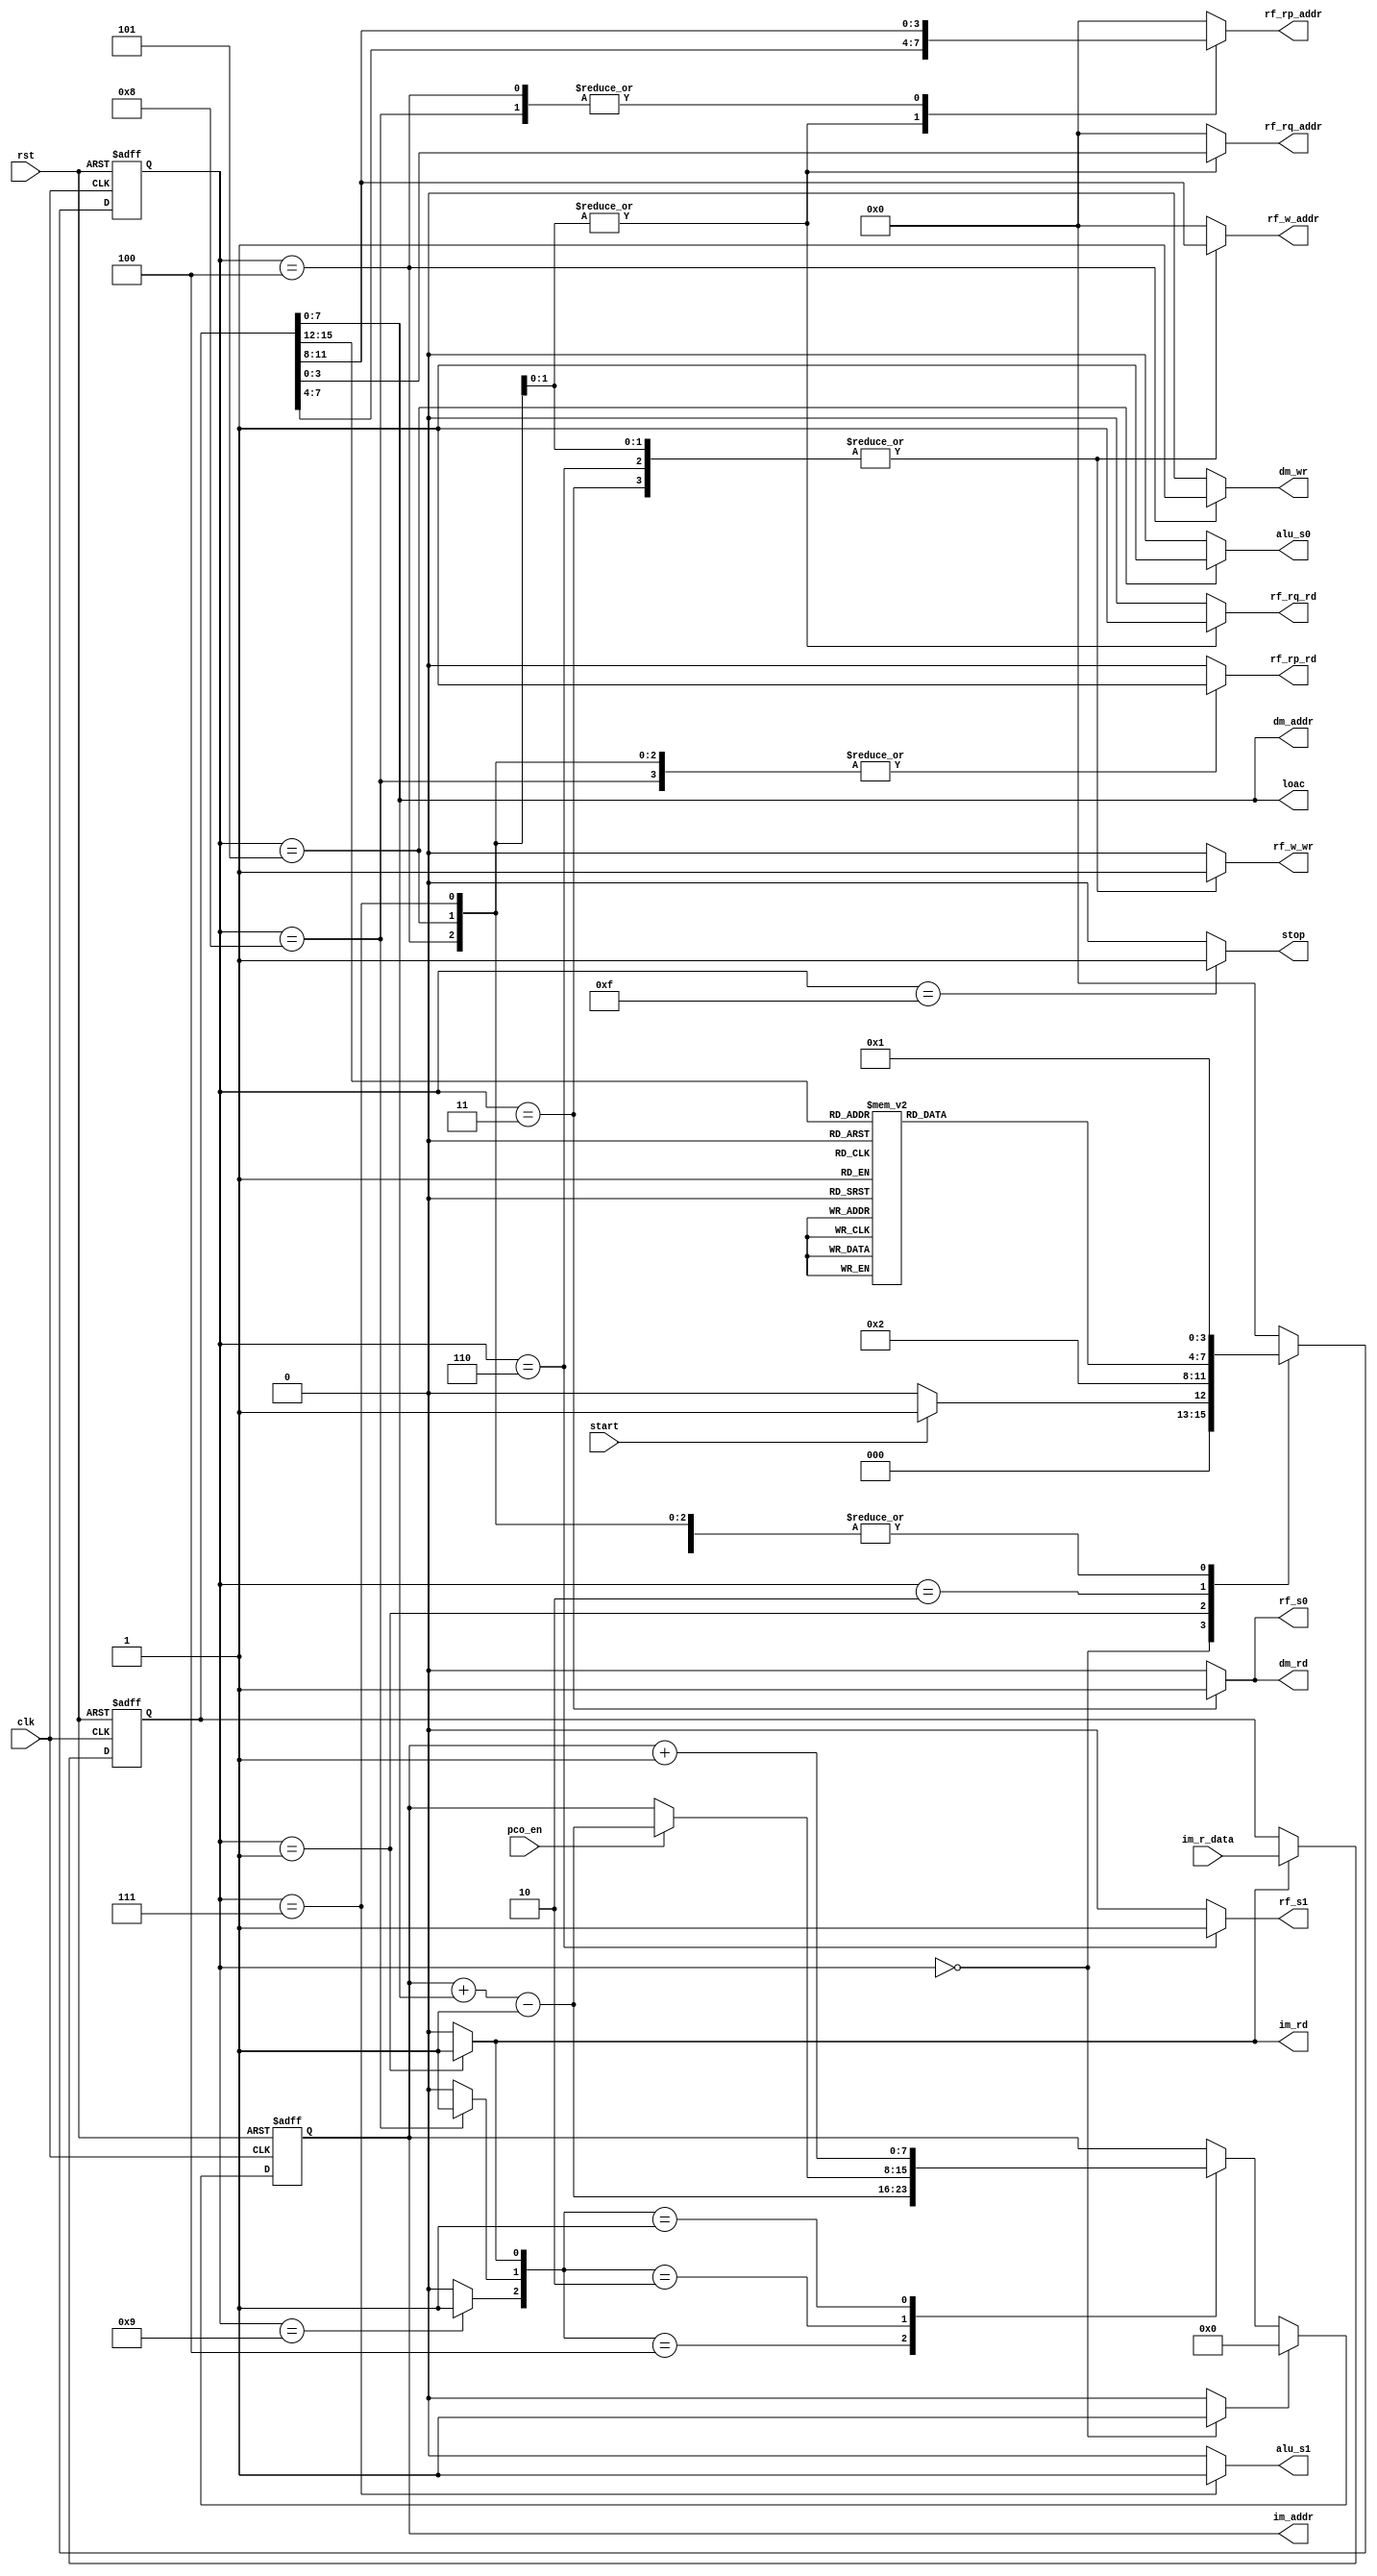
`timescale 1ns/10ps

module spu_ctrl(

input   clk,
input   rst,

input   start,                 // to start the processor
output  reg stop,              // to show that the processor is stopped

//control signal for rf[a] equals to 0
input	  pco_en,		

//control signals for instruction memory (im)
input   [15:0] im_r_data,      // 16-bit read data of im
output  [7:0]  im_addr,        // 8-bit data address of im
output  reg im_rd,             // read enable of im

//control signals for data memory (dm)
output  [7:0] dm_addr,         // 8-bit data address of dm
output  reg dm_rd,             // read enable of dm
output  reg dm_wr,             // write enable of dm

//control signal for mux
output  reg rf_s1,
output  reg rf_s0,

//control signals for register file (rf)
output  reg [3:0] rf_w_addr,   // 4-bit write address 
output  reg rf_w_wr,           // write enable
 
output  reg [3:0] rf_rp_addr,  // 4-bit p-port read address 
output  reg rf_rp_rd,          // p-port read enable

output  reg [3:0] rf_rq_addr,  // 4-bit q-port read address 
output  reg rf_rq_rd,          // q-port read enable

//control signal for ALU
output  reg alu_s1,
output  reg	alu_s0,

//control signal for constant number is assigned
output  [7:0] loac
);

parameter [3:0]  INIT   = 4'd0, 
                 FETCH  = 4'd1,
					  DECODE = 4'd2,
					  LOAD   = 4'd3,
					  STORE  = 4'd4,
                 ADD    = 4'd5,
					  LOAC	= 4'd6,
					  SUB		= 4'd7,
					  JMPZ	= 4'd8,
					  JUMP	= 4'd9,
                 STOP   = 4'd15;

parameter [3:0]  OP_LOAD   = 4'd0,
					  OP_STORE  = 4'd1,
                 OP_ADD    = 4'd2,
					  OP_LOAC	= 4'd3,
					  OP_SUB		= 4'd4,
					  OP_JMPZ	= 4'd5,
					  OP_JUMP	= 4'd6,
	              OP_STOP  	= 4'd15;				  
					  
reg [7:0] pc;    // 8-bit program counter
reg pc_inc;
reg pc_clr;
reg pc_jmpz;
reg pc_jump;

reg [15:0] ir;    // 16-bit instruction register
reg ir_ld;

reg [3:0] cs, ns;  // current state and next state

wire [3:0] ra, rb, rc;  // address for rf

wire [3:0] op;          // op code

wire [7:0] pco;	// offset value for pc

assign im_addr = pc;

assign op = ir[15:12];

assign ra = ir[11:8];
assign rb = ir[7:4];
assign rc = ir[3:0];

assign dm_addr = ir[7:0];
assign loac = ir[7:0];
assign pco = ir[7:0];

// program counter
always@(posedge clk or posedge rst)
begin
	 if(rst)
		 pc <= #1 8'd0;
	 else if(pc_clr)
		 pc <= #1 8'd0;
	 else
		 case({pc_jump,pc_jmpz,pc_inc})
			3'b100:pc <= #1 (pc + pco - 1'b1);
			3'b010:pc <= #1 (pco_en? (pc + pco - 1'b1) : (pc));
			3'b001:pc <= #1 (pc + 8'd1);
			default:pc <= #1 pc;
		 endcase
//  if(rst)
//     pc <= #1 8'd0;
//  else if(pc_clr)
//     pc <= #1 8'd0;
//  else if(pc_jump)
//	  pc <= #1 pc + pco - 1'b1;
//  else if(pc_jmpz)
//	  pc <= #1 pco_en? (pc + pco - 1'b1) : (pc);
//  else if(pc_inc)
//     pc <= #1 (pc + 8'd1);
end

// ir
always@(posedge clk or posedge rst)
begin
  if(rst)
     ir <= #1 16'd0;
  else if(ir_ld)
     ir <= #1 im_r_data;
end

// current state register
always@(posedge clk or posedge rst)
begin
  if(rst)
     cs <= #1 INIT;
  else 
     cs <= #1 ns;
end

// next state combinational logic
always@(*)
begin
  case(cs)
  INIT:    if(start)
              ns = FETCH;
			  else
			     ns = INIT;
  
  FETCH:   ns = DECODE;
  
  DECODE:  case(op)
           OP_LOAD:  ns = LOAD;
			  OP_STORE: ns = STORE;
			  OP_ADD:   ns = ADD;
			  OP_LOAC:	ns	= LOAC;
			  OP_SUB:	ns = SUB;
			  OP_JMPZ:	ns	= JMPZ;
			  OP_JUMP:  ns = JUMP;
			  OP_STOP:  ns = STOP; 
           default:  ns = INIT;
			  endcase
			 
  LOAD:    ns = FETCH;
  
  STORE:   ns = FETCH;
  
  ADD:     ns = FETCH;
  
  LOAC:	  ns = FETCH;
  
  SUB:	  ns = FETCH;
  
  JMPZ:    ns = FETCH;
  
  JUMP:	  ns = FETCH;
  
  STOP:    ns = INIT;
  
  default: ns = INIT;
  endcase
end
  

// controller output combinational logic
always@(*)
begin
  im_rd = 1'b0;
  
  pc_clr = 1'b0;
  pc_inc = 1'b0;
  pc_jmpz = 1'b0;
  pc_jump = 1'b0;
  
  ir_ld = 1'b0;  
  
  dm_rd = 1'b0;
  dm_wr = 1'b0;
  
  rf_s1 = 1'b0;
  rf_s0 = 1'b0;
  
  rf_w_addr  = 4'd0;
  rf_w_wr = 1'b0;
  
  rf_rp_addr = 4'd0;
  rf_rp_rd = 1'b0;  
  
  rf_rq_addr = 4'd0;
  rf_rq_rd = 1'b0;  
  
  alu_s1 = 1'b0;
  alu_s0 = 1'b0;
  
  stop = 1'b0; 

  case(cs)
  INIT:    begin
             pc_clr = 1'b1;  
           end
  
  FETCH:   begin
             im_rd  = 1'b1;
				 ir_ld  = 1'b1;
			    pc_inc = 1'b1;  
           end
 
  LOAD:    begin
             dm_rd = 1'b1;
			    rf_s0 = 1'b1; 
			    rf_w_addr = ra;
			    rf_w_wr = 1'b1;			  
           end
  
  STORE:   begin
             dm_wr = 1'b1; 
			    rf_rp_addr = ra;
			    rf_rp_rd = 1'b1;			  
           end
  
  ADD:     begin           
			    rf_rp_addr = rb;
			    rf_rp_rd = 1'b1;

			    rf_rq_addr = rc;
			    rf_rq_rd = 1'b1;

			    rf_w_addr = ra;
			    rf_w_wr = 1'b1;	
	        
	          alu_s0 = 1'b1;		  
           end
			  
  LOAC:	  begin
				 rf_s1 = 1'b1;
				 rf_w_addr = ra;
				 rf_w_wr = 1'b1;
			  end
  
  SUB:	  begin
				 rf_rp_addr = rb;
			    rf_rp_rd = 1'b1;

			    rf_rq_addr = rc;
			    rf_rq_rd = 1'b1;

			    rf_w_addr = ra;
			    rf_w_wr = 1'b1;	
	        
	          alu_s1 = 1'b1;
			  end
  
  JMPZ:    begin
				 rf_rp_addr = ra;
				 rf_rp_rd = 1'b1;
				 pc_jmpz = 1'b1;
			  end
			  
  JUMP:	  begin
				 pc_jump = 1'b1;
			  end
  
  STOP:    begin
             stop = 1'b1;  
           end
			  
  default: begin
             im_rd = 1'b0;
  
             pc_clr = 1'b0;
             pc_inc = 1'b0;
				 pc_jmpz = 1'b0;
				 pc_jump = 1'b0;
				 
             ir_ld = 1'b0;  
  
             dm_rd = 1'b0;
             dm_wr = 1'b0;
				 
				 rf_s1 = 1'b0;
             rf_s0 = 1'b0;
  
             rf_w_addr  = 4'd0;
             rf_w_wr = 1'b0;
  
             rf_rp_addr = 4'd0;
             rf_rp_rd = 1'b0;  
  
             rf_rq_addr = 4'd0;
             rf_rq_rd = 1'b0;
				 
				 alu_s1 = 1'b0;
             alu_s0 = 1'b0;
  
             stop = 1'b0;
			  end
  endcase
end

endmodule